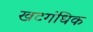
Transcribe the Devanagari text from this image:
खटगंधिक